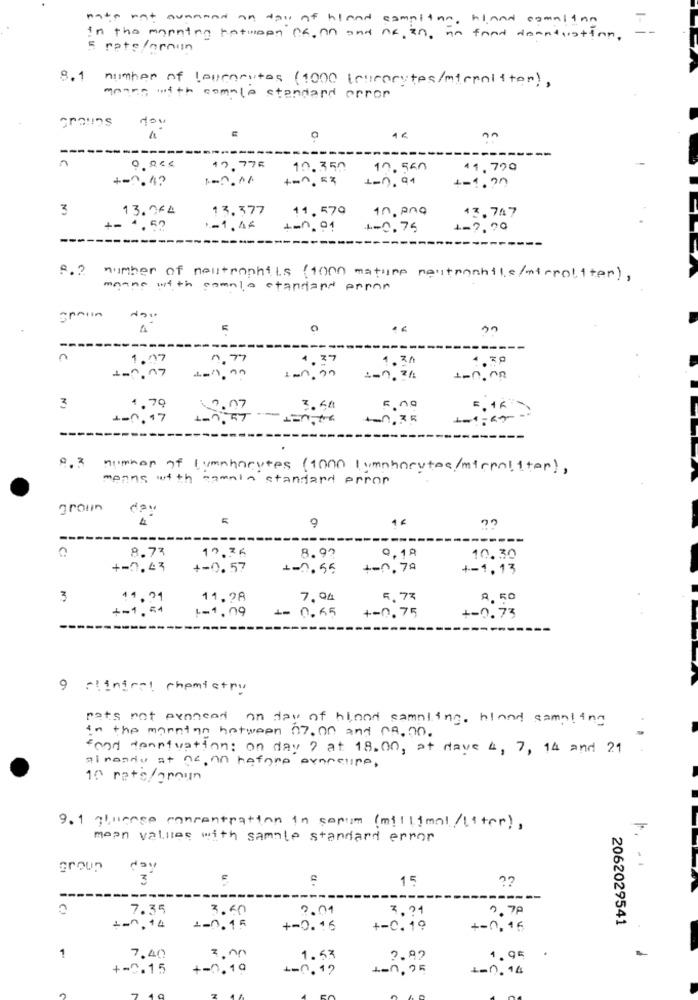
mate not avanand an dos of hland campithe, hland comalina
in the morning ratioen CS. An and no, in, in fand deantuation,
5 rate /ornun
8.1 number of loucarutes (1000 ( curocytes/microliter),
mones with comple standard error
a
--------
0,00€
10,775
10.350
10.560
41.720
+-0.4?
1-2.01
+-0,53
+-7.91
4-1.70
3
13.064
13.377
11.579
10. png
13.747
4.52
-- 1. 46
4-0, 91
4-0,75
1-7,90
-----------
8.2 number of neutrophils ( 1000 mature neutronhile/microliter),
meane with cometo standard error
gratin
0
1.07
0,77
4.37
1.7h
4.70
1.7.17
on.on
1-0.00
3
1,79
2.07
4-0,17
+0,35
---
number of lymphocytes (1000 lymphocytes/mirnaliter),
menns with cammin standard error
groun
day
9
-----
8.77
12.76
8.93
10.30
+-0,43
+-0.57
1-1.55
+-0,79
1-1,13
3
11,28
7.04
5,77
0, 50
1-1,09
+-0.75
-= 0.65
+-0.73
9 clinical chemistry
rats not eenneed on day of blond sampling, bland sampling
in the manntan between 07.00 and CA.00.
fond danntvation: on day ? at 18.00, at dave 4, 7, 14 and 21
pineau at nc. nn refere exameline,
10 rato/groun
9. 1 qluence concentration in cepum (millimal/liter),
mean values with sample standard error
group
day
3
15
??
---
----
7.35
3.00
0,01
3,24
0.79
2062029541
+-n, 14
1-0.15
+-0. 16
+-C. 19
+-0,16
1
7.40
1.43
2.92
1.95
+-0.15
+-0.19
-- 0.12
+-0, 25
1-0.14
7